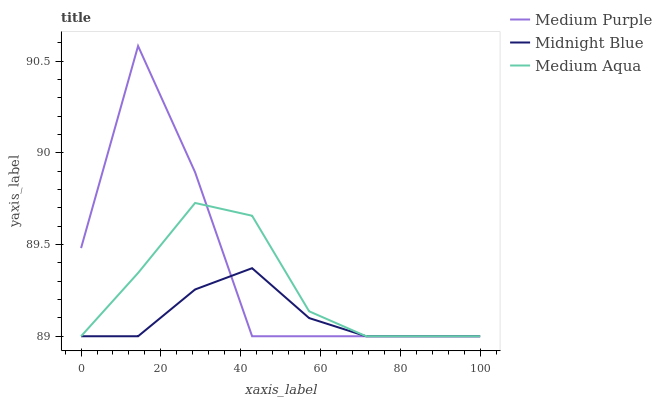
| xaxis_label | Medium Purple | Midnight Blue | Medium Aqua |
 | --- | --- | --- | --- |
 | 0 | 89.5 | 89 | 89 |
 | 14.3 | 90.6 | 89 | 89.3 |
 | 28.6 | 89.9 | 89.3 | 89.7 |
 | 42.9 | 89 | 89.4 | 89.7 |
 | 57.1 | 89 | 89.1 | 89.1 |
 | 71.4 | 89 | 89 | 89 |
 | 85.7 | 89 | 89 | 89 |
 | 100 | 89 | 89 | 89 |